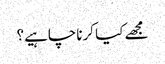
مجھے کیا کرناچاہیے؟